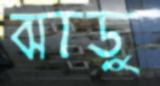
ঝাড়ু